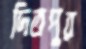
দিতপুর